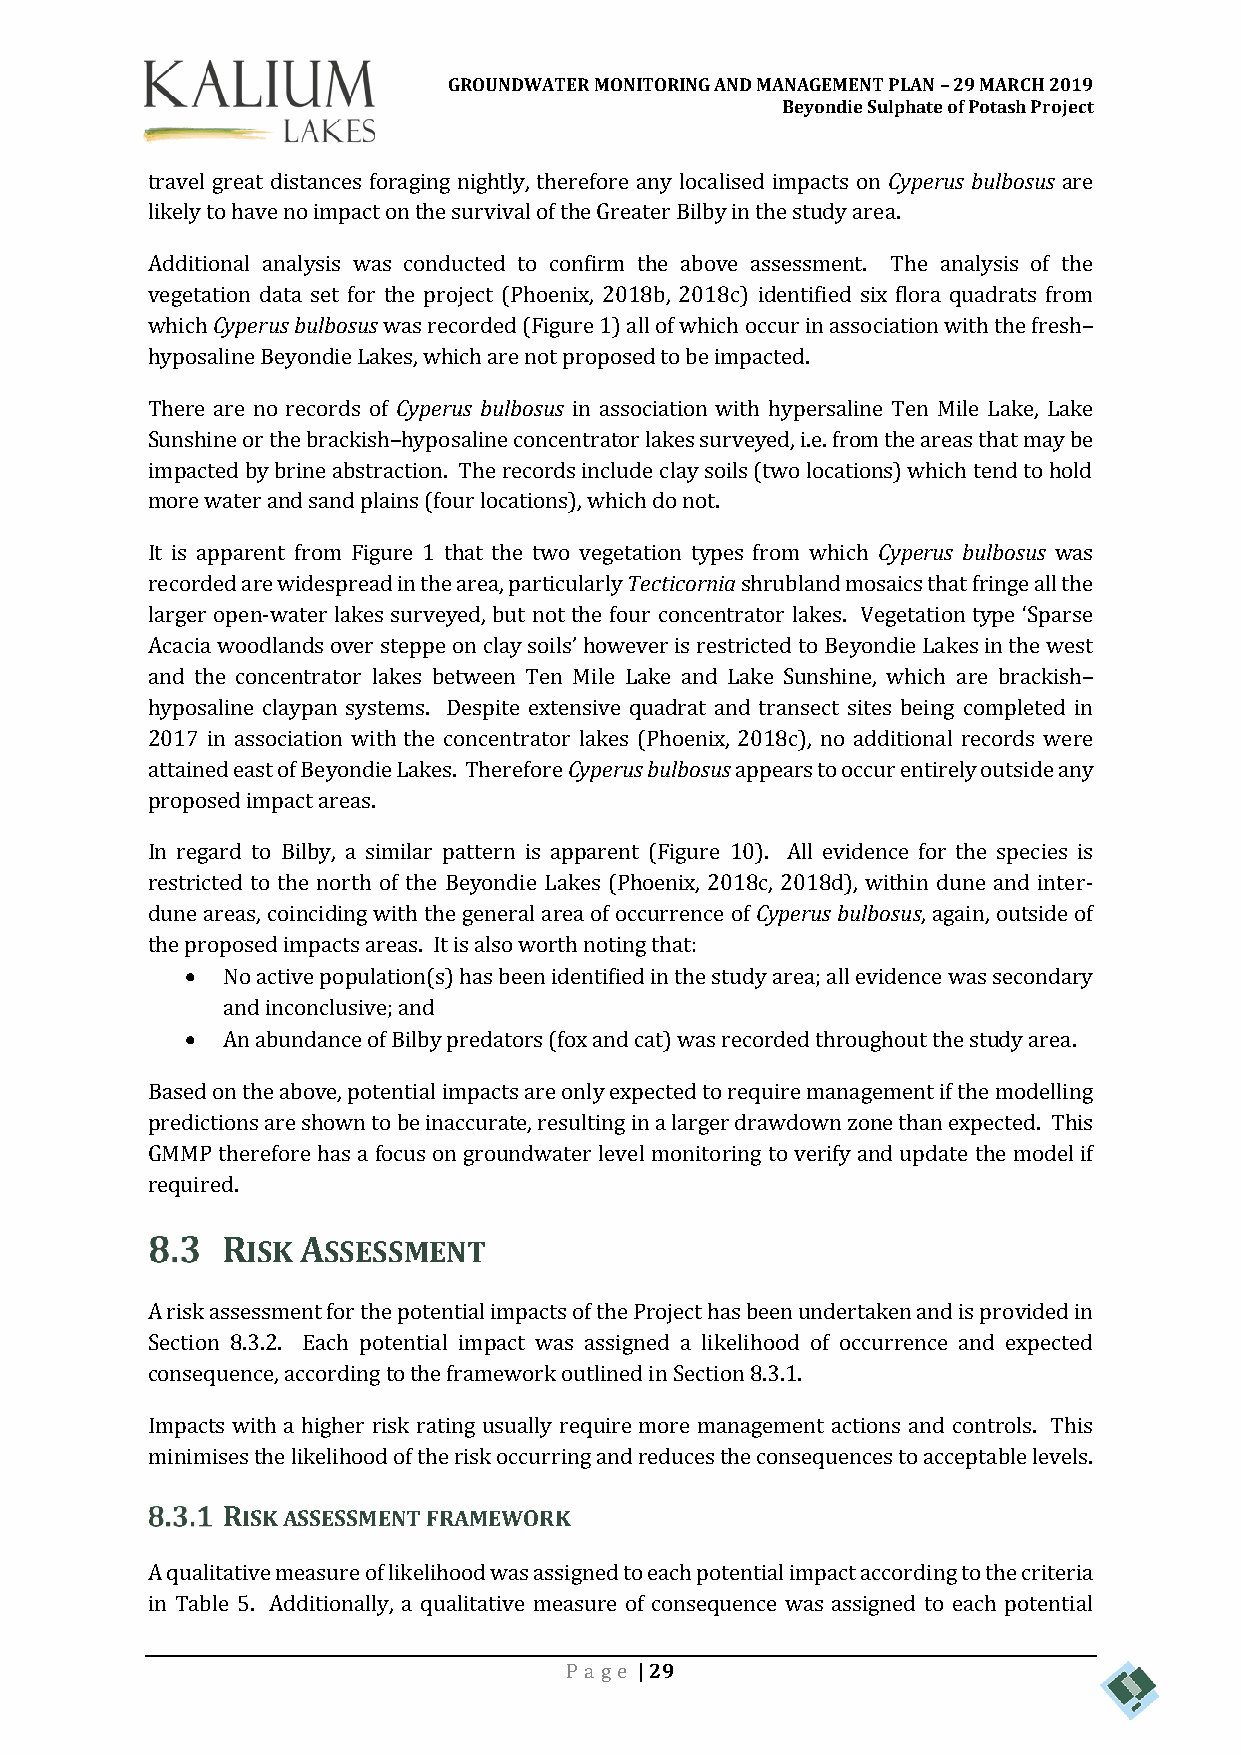
GROUNDWATER MONITORING AND MANAGEMENT PLAN – 29 MARCH 2019
 Beyondie Sulphate of Potash Project
 travel great distances foraging nightly, therefore any localised impacts on Cyperus bulbosus are
 likely to have no impact on the survival of the Greater Bilby in the study area.
 Additional analysis was conducted to confirm the above assessment. The analysis of the
 vegetation data set for the project (Phoenix, 2018b, 2018c) identified six flora quadrats from
 which Cyperus bulbosus was recorded (Figure 1) all of which occur in association with the fresh–
 hyposaline Beyondie Lakes, which are not proposed to be impacted.
 There are no records of Cyperus bulbosus in association with hypersaline Ten Mile Lake, Lake
 Sunshine or the brackish–hyposaline concentrator lakes surveyed, i.e. from the areas that may be
 impacted by brine abstraction. The records include clay soils (two locations) which tend to hold
 more water and sand plains (four locations), which do not.
 It is apparent from Figure 1 that the two vegetation types from which Cyperus bulbosus was
 recorded are widespread in the area, particularly Tecticornia shrubland mosaics that fringe all the
 larger open-water lakes surveyed, but not the four concentrator lakes. Vegetation type ‘Sparse
 Acacia woodlands over steppe on clay soils’ however is restricted to Beyondie Lakes in the west
 and the concentrator lakes between Ten Mile Lake and Lake Sunshine, which are brackish–
 hyposaline claypan systems. Despite extensive quadrat and transect sites being completed in
 2017 in association with the concentrator lakes (Phoenix, 2018c), no additional records were
 attained east of Beyondie Lakes. Therefore Cyperus bulbosus appears to occur entirely outside any
 proposed impact areas.
 In regard to Bilby, a similar pattern is apparent (Figure 10). All evidence for the species is
 restricted to the north of the Beyondie Lakes (Phoenix, 2018c, 2018d), within dune and inter-
 dune areas, coinciding with the general area of occurrence of Cyperus bulbosus, again, outside of
 the proposed impacts areas. It is also worth noting that:
   No active population(s) has been identified in the study area; all evidence was secondary
 and inconclusive; and
   An abundance of Bilby predators (fox and cat) was recorded throughout the study area.
 Based on the above, potential impacts are only expected to require management if the modelling
 predictions are shown to be inaccurate, resulting in a larger drawdown zone than expected. This
 GMMP therefore has a focus on groundwater level monitoring to verify and update the model if
 required.
 RISK ASSESSMENT
 A risk assessment for the potential impacts of the Project has been undertaken and is provided in
 Section 8.3.2. Each potential impact was assigned a likelihood of occurrence and expected
 consequence, according to the framework outlined in Section 8.3.1.
 Impacts with a higher risk rating usually require more management actions and controls. This
 minimises the likelihood of the risk occurring and reduces the consequences to acceptable levels.
 RISK ASSESSMENT FRAMEWORK
 A qualitative measure of likelihood was assigned to each potential impact according to the criteria
 in Table 5. Additionally, a qualitative measure of consequence was assigned to each potential
 Pa ge | 29